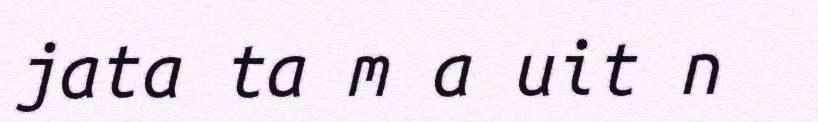
jata ta m a uit n